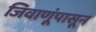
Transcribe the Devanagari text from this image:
जिवाणूंपासून